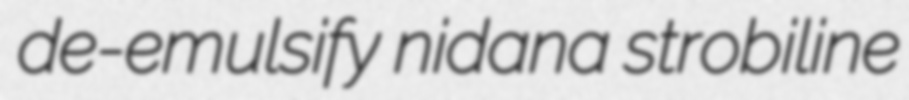
de-emulsify nidana strobiline